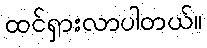
ထင်ရှားလာပါတယ်။